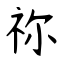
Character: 祢